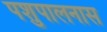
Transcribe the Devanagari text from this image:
पशुपालनास